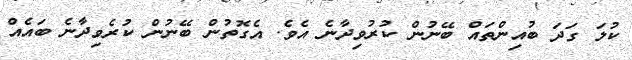
ކުލަ ގަދަ ބުއިންތައް ބޭނުން ކުރުވިދާނެ އެވެ. އެގޮތުން ބޭނުން ކުރެވިދާނެ ބައެއް